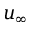
u _ { \infty }